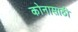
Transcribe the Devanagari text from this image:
कोनासाठी